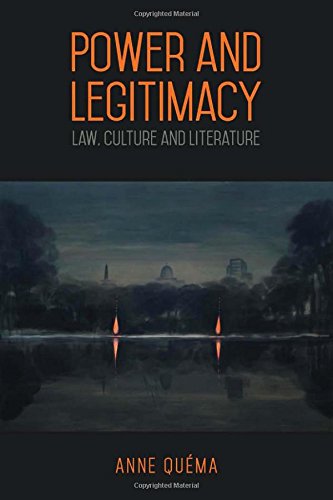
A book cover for Power and Legitimacy: Law, Culture, and Literature; Anne QuÃ©ma; Law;